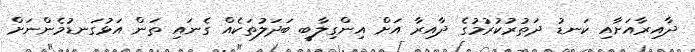
ދާއިރާއަށާއި ކަނޑު ދަތުރުކުރުމުގެ ދާއިރާ އަށް އިންގިލާބީ ބަދަލުތަކެއް ގެނައި ތަން އަޅުގަނޑުމެންނަށް